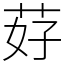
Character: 䒵